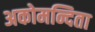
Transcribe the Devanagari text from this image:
अकोमन्दिता